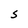
Character: S